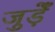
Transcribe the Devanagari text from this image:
जुड़ेँ